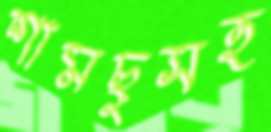
শামছুসহ